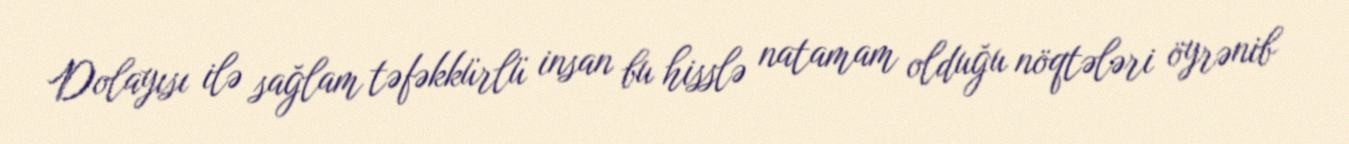
Dolayısı ilə sağlam təfəkkürlü insan bu hisslə natamam olduğu nöqtələri öyrənib